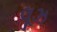
લૂઝ